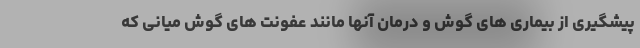
پیشگیری از بیماری های گوش و درمان آنها مانند عفونت های گوش میانی که